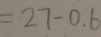
= 2 7 - 0 . 6